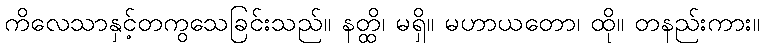
ကိလေသာနှင့်တကွသေခြင်းသည်။ နတ္ထိ၊ မရှိ။ မဟာယတော၊ ထို။ တနည်းကား။